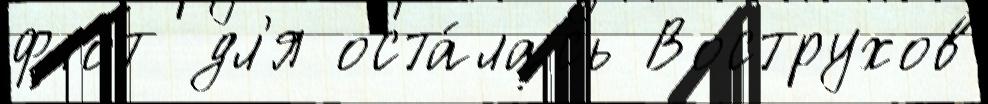
флот дл'я оста́лась Вострухов